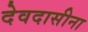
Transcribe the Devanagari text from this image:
देवदासीना